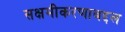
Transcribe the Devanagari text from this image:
सक्षमीकरणाबद्दल